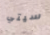
سيتي